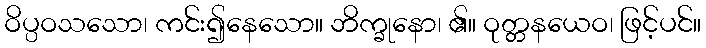
ဝိပ္ပဝသသော၊ ကင်း၍နေသော။ ဘိက္ခုနော၊ ၏။ ဝုတ္တနယေဝ၊ ဖြင့်ပင်။